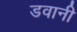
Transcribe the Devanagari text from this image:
डवानी